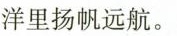
洋里扬帆远航。